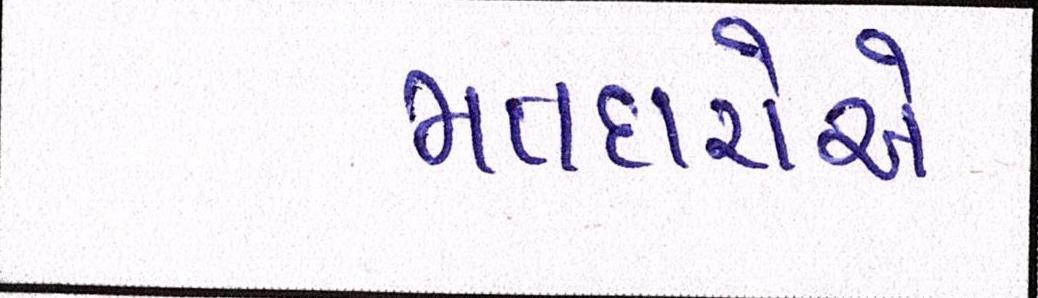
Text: મતદારોએ